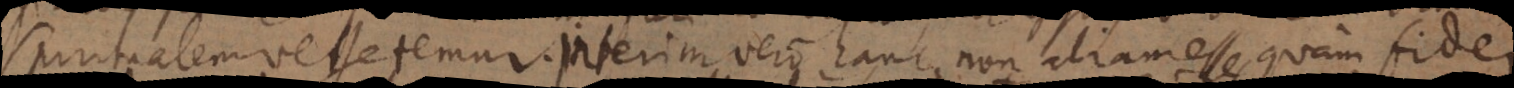
spiritualem vegetemur. Interim vero hanc non aliam esse quam fidei